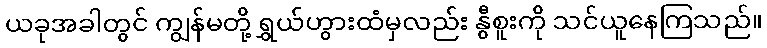
ယခုအခါတွင် ကျွန်မတို့ ရွှယ်ဟွားထံမှလည်း နွီစူးကို သင်ယူနေကြသည်။